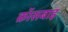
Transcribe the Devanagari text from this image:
क्रॉसबाइ